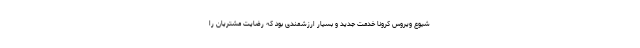
شیوع ویروس کرونا خدمت جدید و بسیار ارزشمندی بود که رضایت مشتریان را